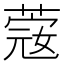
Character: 𦸅